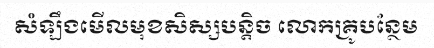
សំឡឹងមើលមុខសិស្សបន្តិច លោកគ្រូបន្ថែម